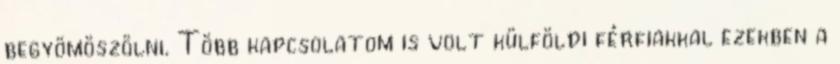
begyömöszölni. Több kapcsolatom is volt külföldi férfiakkal ezekben a